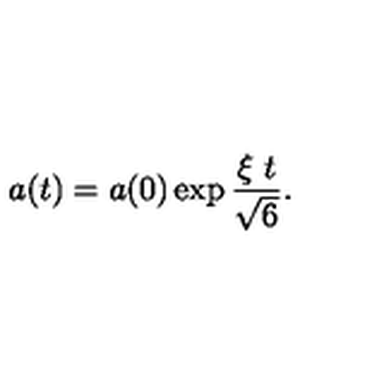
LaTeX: a ( t ) = a ( 0 ) \exp { { { \frac { \xi \ t } { \sqrt 6 } } } } .